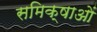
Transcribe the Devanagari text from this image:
समिक्षाओं